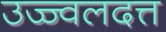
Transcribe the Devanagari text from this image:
उज्ज्वलदत्त